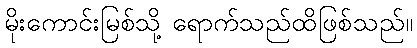
မိုးကောင်းမြစ်သို့ ရောက်သည်ထိဖြစ်သည်။